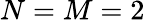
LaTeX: N=M=2